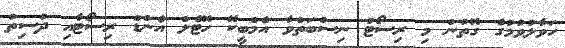
ހަވާލުވުމުގެ ގޮތުން މި ރިސޯޓު ނިސްބަތްވާ އެމްބީކޭ ހޮޓެލް އެންޑް ރިސޯޓާއި ދުސިތު